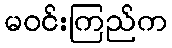
မဝင်းကြည်က